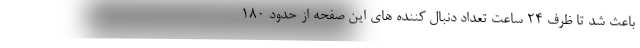
باعث شد تا ظرف 24 ساعت تعداد دنبال کننده های این صفحه از حدود 180